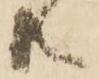
共